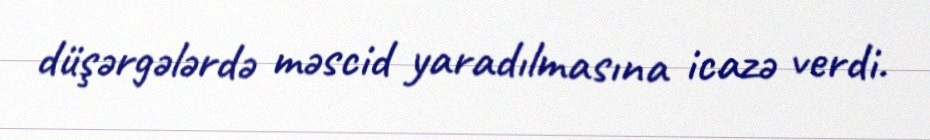
düşərgələrdə məscid yaradılmasına icazə verdi.